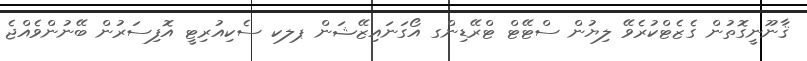
ޤާނޫނީގޮތުން ގެޒެޓްކުރެވޭ ލިޔުން ސްޓޭޓް ޓްރޭޑިންގ އޯގަނައިޒޭޝަން ޕލކ ސެކިއުރިޓީ އޮފިސަރުން ބޭނުންވެއްޖެ